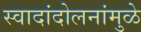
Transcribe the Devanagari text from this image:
स्वादांदोलनांमुळे